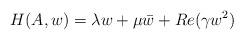
LaTeX: \begin{align*} H(A,w)=\lambda w+\mu\bar{w}+Re(\gamma w^2) \end{align*}